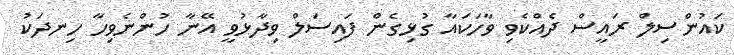
ކައުންސިލް ރައީސް ދެއްކެވި ވާހަކައާ ގުޅިގެން ފައިސަލް ވިދާޅުވީ އޭނާ ހުންނެވިހާ ހިނދަކު